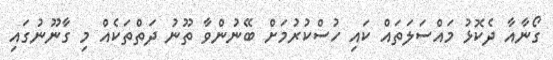
ގޯނާއާ ދެކޮޅު މައްސަލަތައް ކައި ހުސްކުރުމަށް ބޭނުންވާ ތޫނު ދަތްތަކެއް މި ގާނޫނުގައި